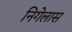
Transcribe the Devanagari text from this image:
निगेलास